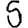
Digit: 5